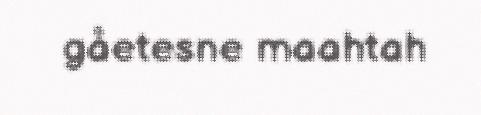
gåetesne maahtah